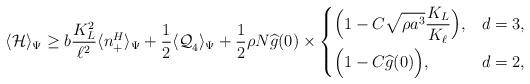
LaTeX: \begin{align*}\langle \mathcal{H} \rangle_{\Psi} \geq b\frac{ K_L^2}{ \ell^2}\langle n_+^H\rangle_{\Psi} + \frac{1}{2}\langle \mathcal{Q}_4^{}\rangle_{\Psi}+ \frac{1}{2} \rho N \widehat{g}(0) \times \begin{dcases}\Big(1 - C \sqrt{\rho a^3} \frac{K_{L}}{K_{\ell}}\Big), & d=3,\\\Big(1 - C \widehat{g}(0) \Big), & d=2,\end{dcases}\end{align*}